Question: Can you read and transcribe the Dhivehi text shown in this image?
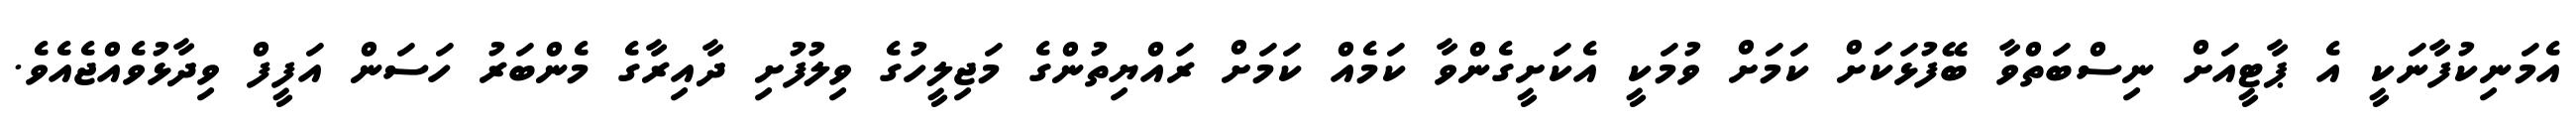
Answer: އެމަނިކުފާނަކީ އެ ޕާޓީއަށް ނިސްބަތްވާ ބޭފުޅަކަށް ކަމަށް ވުމަކީ އެކަށީގެންވާ ކަމެއް ކަމަށް ރައްޔިތުންގެ މަޖިލީހުގެ ވިލުފުށި ދާއިރާގެ މެންބަރު ހަސަން އަފީފް ވިދާޅުވެއްޖެއެވެ.